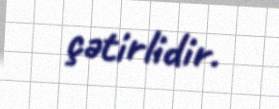
çətirlidir.